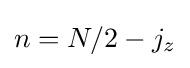
n=N/2-j_{z}